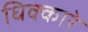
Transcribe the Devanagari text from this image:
धिक्कारे